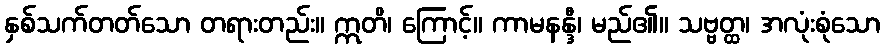
နှစ်သက်တတ်သော တရားတည်း။ ဣတိ၊ ကြောင့်။ ကာမနန္ဒီ၊ မည်၏။ သဗ္ဗတ္ထ၊ အလုံးစုံသော